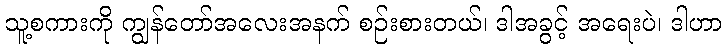
သူ့စကားကို ကျွန်တော်အလေးအနက် စဉ်းစားတယ်၊ ဒါအခွင့် အရေးပဲ၊ ဒါဟာ